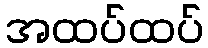
အထပ်ထပ်